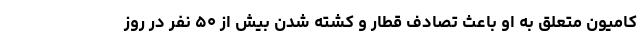
کامیون متعلق به او باعث تصادف قطار و کشته شدن بیش از ۵۰ نفر در روز